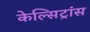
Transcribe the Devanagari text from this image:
केल्सिट्रांस